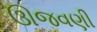
ઊજવણી